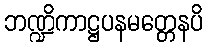
ဘဏ္ဍိကာဋ္ဌပနမတ္တေနပိ